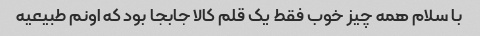
با سلام همه چیز خوب فقط یک قلم کالا جابجا بود که اونم طبیعیه